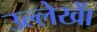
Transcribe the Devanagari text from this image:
उल्लेखाें